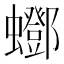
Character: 𧔛